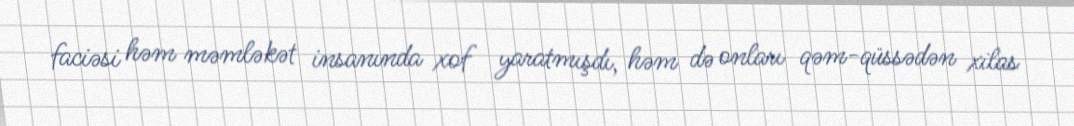
faciəsi həm məmləkət insanında xof yaratmışdı, həm də onları qəm-qüssədən xilas